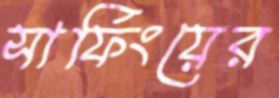
সার্ফিংয়ের